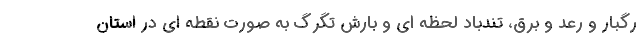
رگبار و رعد و برق، تندباد لحظه ای و بارش تگرگ به صورت نقطه ای در استان